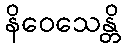
နိဝေသေန္တိ